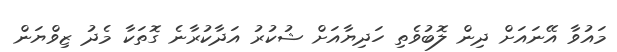
މައުވާ އޭނައަށް ދިން ލޮބުވެތި ހަދިޔާއަށް ޝުކުރު އަދާކުރާނެ ގޮތަކާ މެދު ޒިވްޔަން